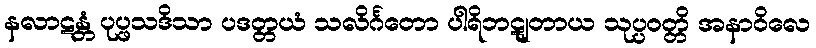
နလာဋန္တံ ပုပ္ဖသဒိသာ ပဒတ္တယံ သလိင်္ဂတော ပါရိဘဋျတာယ သုပ္ပဝတ္တိ အနာဝိလေ